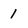
Character: 1